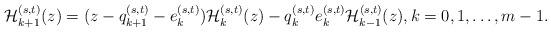
LaTeX: \begin{align*}{\cal H}_{k+1}^{(s,t)}(z)=(z-q_{k+1}^{(s,t)}-e_{k}^{(s,t)}){\cal H}_{k}^{(s,t)}(z)-q_{k}^{(s,t)}e_{k}^{(s,t)}{\cal H}_{k-1}^{(s,t)}(z),k=0,1,\dots,m-1.\end{align*}